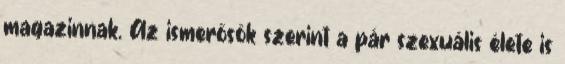
magazinnak. Az ismerősök szerint a pár szexuális élete is